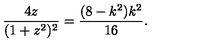
\frac { 4 z } { ( 1 + z ^ { 2 } ) ^ { 2 } } = \frac { ( 8 - k ^ { 2 } ) k ^ { 2 } } { 1 6 } .